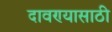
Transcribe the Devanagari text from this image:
दावण्यासाठी